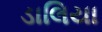
ડાલિયા